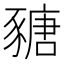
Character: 𧱵